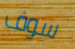
سوف